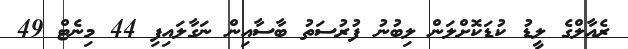
ރެއާލްގެ ލީޑު ކުޑަކޮށްލަން ލިބުނު ފުރުސަތު ބާސާއިން ނަގާލައިފި 44 މިނެޓް 49